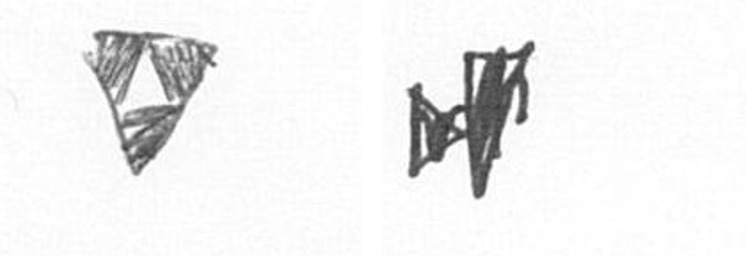
S M